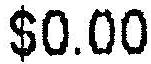
$0.00